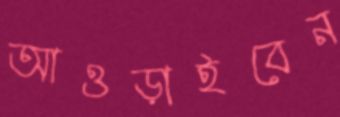
আওড়াইবেন